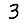
Digit: 3